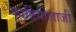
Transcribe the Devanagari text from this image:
कार्डियोलाजी